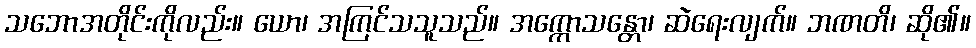
သဘောအတိုင်းကိုလည်း။ ယော၊ အကြင်သသူသည်။ အက္ကောသန္တော၊ ဆဲရေးလျက်။ ဘဏတိ၊ ဆို၏။